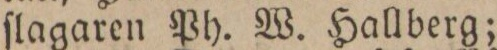
ſlagaren Ph. W. Hallberg;